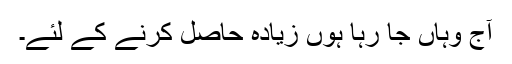
آج وہاں جا رہا ہوں زیادہ حاصل کرنے کے لئے۔